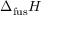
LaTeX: \Delta _ { \mathrm { { f u s } } } H